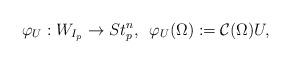
LaTeX: \begin{align*}\varphi_U:W_{I_p}\rightarrow St_p^n,\,\,\, \varphi_U(\Omega):=\mathcal{C}(\Omega)U,\end{align*}